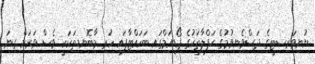
ޔުނިވަރސިޓީގެ ދަސްވެނިވުމުގެ ޙަފްލާތަކުގެ ޕޯޑިއަމްގައި ބަހައްޓާފައި ހުރި މާބޮނޑިތަކަކީ ވެސް ވަރަށް ގިނަ